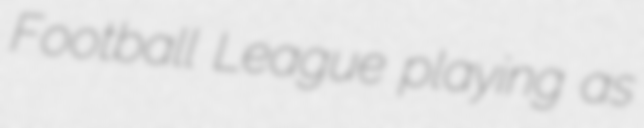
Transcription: Football League playing as